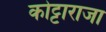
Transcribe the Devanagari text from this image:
कोट्टाराजा